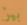
بيز